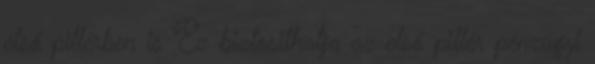
első pillérben is Ez biztosithatja az első pillér pénzügyi